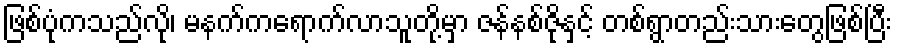
ဖြစ်ပုံကသည်လို၊ မနက်ကရောက်လာသူတို့မှာ ဇန်နစ်ဇိုနှင့် တစ်ရွာတည်းသားတွေဖြစ်ပြီး